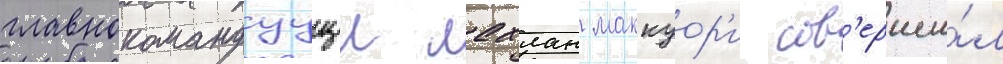
главнокомандуущии лахлан маккуор'и сов'ерши́л